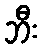
ဘီး